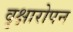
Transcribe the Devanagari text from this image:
वृक्षारोपन